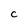
Character: C